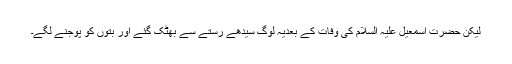
لیکن حضرت اسمٰعیل علیہ السلام کی وفات کے بعدیہ لوگ سیدھے رستے سے بھٹک گئے اور بتوں کو پوجنے لگے۔